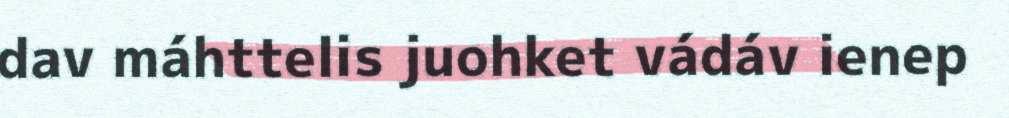
dav máhttelis juohket vádáv ienep